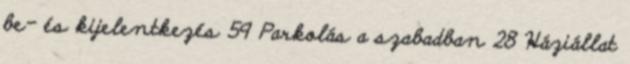
be- és kijelentkezés 59 Parkolás a szabadban 28 Háziállat